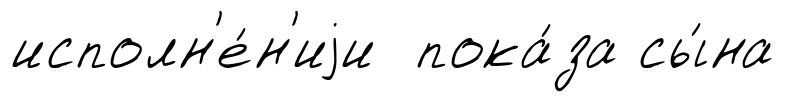
исполн'е́н'иjи пока́за сы́на